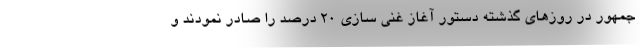
جمهور در روزهای گذشته دستور آغاز غنی سازی ۲۰ درصد را صادر نمودند و